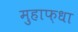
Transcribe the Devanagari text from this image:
मुहाफ़धा